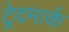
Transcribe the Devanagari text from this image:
ट्रेदमार्क